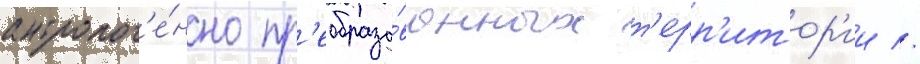
антропог'е́нно пр'еобразо́ванных т'ерр'итор'ии //